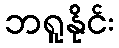
ဘရူနိုင်း